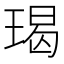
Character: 𭹨